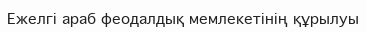
Ежелгі араб феодалдық мемлекетінің құрылуы